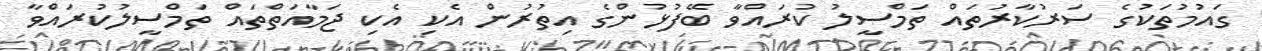
ގައުމުތަކުގެ ސަރުކާރުތައް ތަމްސީލު ކުރައްވާ ބޭފުޅުންގެ އިތުރުން އެކި އެކި ޖަމާއަތްތައް ތަމްސީލުކުރައްވާ